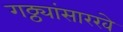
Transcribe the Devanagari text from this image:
गठ्ठ्यांसारखे